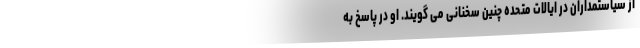
از سیاستمداران در ایالات متحده چنین سخنانی می گویند. او در پاسخ به